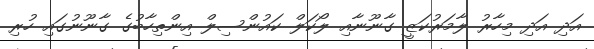
އަދި އަދި މިހާރު ލާމަރުކަޒީ ގާނޫނާއި ލޯކަލް ކައުންސިލް އިންތިހާބުގެ ގާނޫނުގައި ހުރި